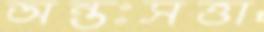
অন্তঃসত্তা